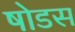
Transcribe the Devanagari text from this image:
षोडस